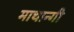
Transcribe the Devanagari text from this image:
माथान्गी